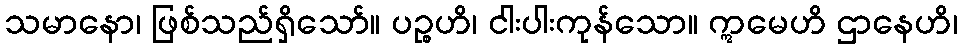
သမာနော၊ ဖြစ်သည်ရှိသော်။ ပဉ္စဟိ၊ ငါးပါးကုန်သော။ ဣမေဟိ ဌာနေဟိ၊